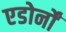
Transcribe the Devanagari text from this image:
एडोर्नों